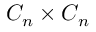
C _ { n } \times C _ { n }